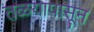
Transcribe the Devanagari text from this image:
तळयापासून